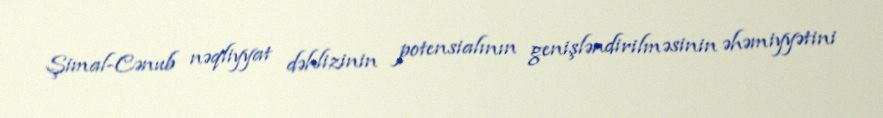
Şimal-Cənub nəqliyyat dəhlizinin potensialının genişləndirilməsinin əhəmiyyətini